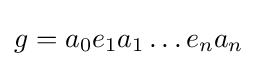
g=a_{0}e_{1}a_{1}\dots e_{n}a_{n}